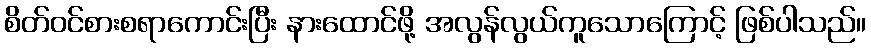
စိတ်ဝင်စားစရာကောင်းပြီး နားထောင်ဖို့ အလွန်လွယ်ကူသောကြောင့် ဖြစ်ပါသည်။